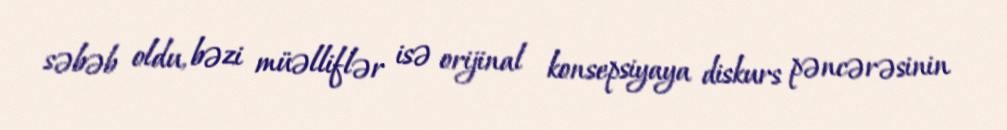
səbəb oldu, bəzi müəlliflər isə orijinal konsepsiyaya diskurs pəncərəsinin